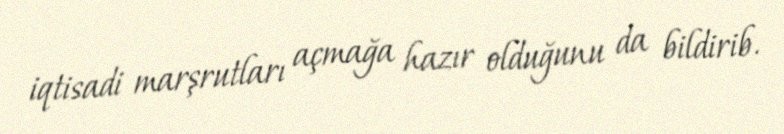
iqtisadi marşrutları açmağa hazır olduğunu da bildirib.